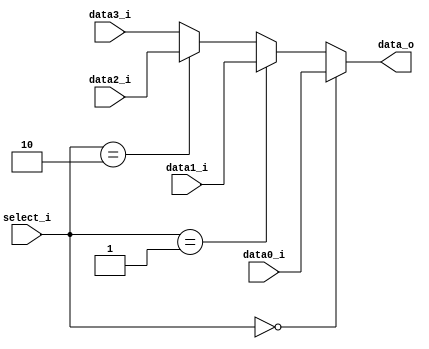
module MUX_4to1(
               data0_i,
               data1_i,
               data2_i,
               data3_i,
               select_i,
               data_o
               );

parameter size = 0;			   
			
//I/O ports               
input   [size-1:0] data0_i;          
input   [size-1:0] data1_i;
input   [size-1:0] data2_i;
input   [size-1:0] data3_i;
input   [2-1:0]  select_i;
output  [size-1:0] data_o; 

//Internal Signals
wire    [size-1:0] data_o;

//Main function
assign data_o = (select_i == 0)? data0_i: 
                (select_i == 1)? data1_i:
                (select_i == 2)? data2_i:
                data3_i;

endmodule